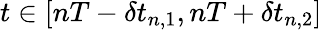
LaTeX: t\in[nT-\delta t_{n,1},nT+\delta t_{n,2}]